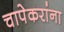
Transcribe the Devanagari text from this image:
चापेकरांना